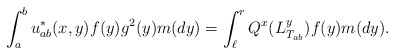
\begin{align*}\int_a^b u^*_{ab}(x,y)f(y) g^2(y)m(dy)=\int_{\ell}^r Q^x(L^y_{T_{ab}}) f(y) m(dy).\end{align*}